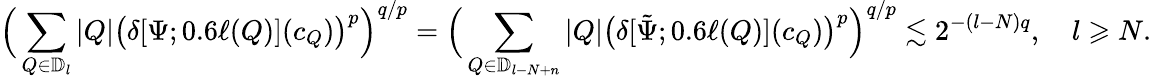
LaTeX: {\Big(\sum_{Q\in\mathbb{D}_{l}}|Q|\big(\delta[\Psi;0.6\ell(Q)](c_{Q})\big)^{p}\Big)^{q/p}=\Big(\sum_{Q\in\mathbb{D}_{l-N+n}}|Q|\big(\delta[\tilde{\Psi};0.6\ell(Q)](c_{Q})\big)^{p}\Big)^{q/p}\lesssim 2^{-(l-N)q},\quad l\geqslant N.}